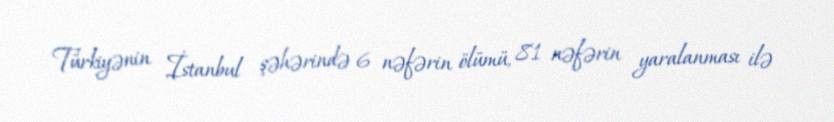
Türkiyənin İstanbul şəhərində 6 nəfərin ölümü, 81 nəfərin yaralanması ilə